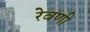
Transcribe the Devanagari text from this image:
रेवणी